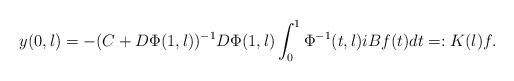
LaTeX: \begin{align*} y(0,\l) = - (C+D\Phi(1,\l))^{-1} D \Phi(1,\l) \int_0^1 \Phi^{-1}(t,\l) iBf(t) dt =: K(\l) f.\end{align*}